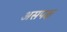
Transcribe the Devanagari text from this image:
असपक्ष